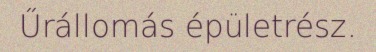
Űrállomás épületrész.